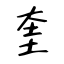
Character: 奎